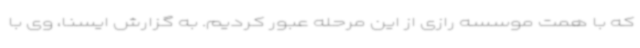
که با همت موسسه رازی از این مرحله عبور کردیم. به گزارش ایسنا، وی با